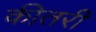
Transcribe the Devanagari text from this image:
कीतरी